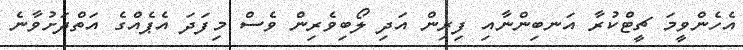
އެހެންވީމަ ޗީޓްކުރާ އަނބިންނާއި ފިރިން އަދި ލޯބިވެރިން ވެސް މިފަދަ އެޕެއްގެ އަތްދަށުވާނެ